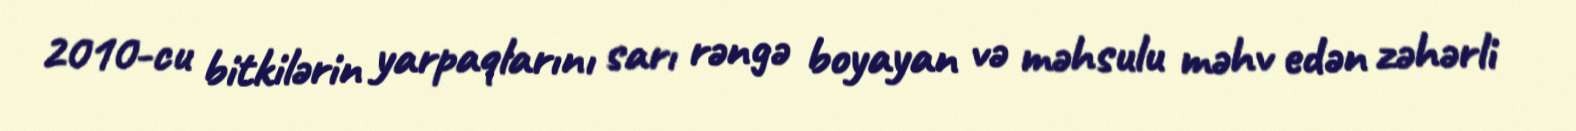
2010-cu bitkilərin yarpaqlarını sarı rəngə boyayan və məhsulu məhv edən zəhərli